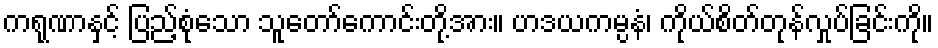
ကရုဏာနှင့် ပြည့်စုံသော သူတော်ကောင်းတို့အား။ ဟဒယကမ္ပနံ၊ ကိုယ်စိတ်တုန်လှုပ်ခြင်းကို။